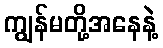
ကျွန်မတို့အနေနဲ့